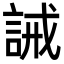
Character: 誡